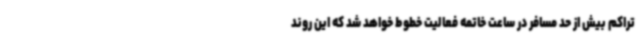
تراکم بیش از حد مسافر در ساعت خاتمه فعالیت خطوط خواهد شد که این روند